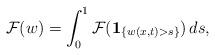
LaTeX: \begin{align*}\mathcal{F}(w) = \int_0^1 \mathcal{F}(\textbf{1}_{\{w(x,t)>s\}})\, ds,\end{align*}